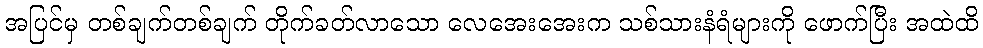
အပြင်မှ တစ်ချက်တစ်ချက် တိုက်ခတ်လာသော လေအေးအေးက သစ်သားနံရံများကို ဖောက်ပြီး အထဲထိ